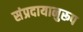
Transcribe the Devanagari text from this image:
संप्रदायानुरूप